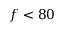
f < 8 0